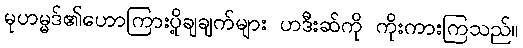
မုဟမ္မဒ်၏ဟောကြားပို့ချချက်များ ဟဒီးဆ်ကို ကိုးကားကြသည်။